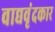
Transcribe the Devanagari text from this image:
वाद्यवृंदकार